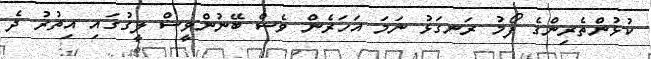
ކުޅުންތެރިންގެ ފޯމު ރަނގަޅު ނަމަ އަހަރެން ވެސް ބޭނުންވީސް ލީގުގައި އިތުރު ދެ